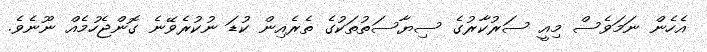
އެހެން ނަމަވެސް މިއީ ސަރުކާރުގެ ސިޔާސަތުތަކުގެ ތެރެއިން ކުޑަ ނުކުރެވޭނެ ގޮންޖެހުމެއް ނޫނެވެ.